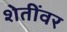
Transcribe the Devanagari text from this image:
शेतींवर